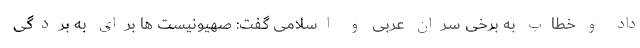
داد و خطاب به برخی سران عربی و اسلامی گفت: صهیونیست ها برای به بردگی